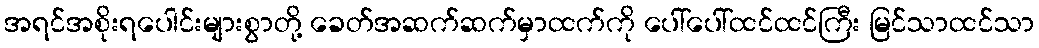
အရင်အစိုးရပေါင်းများစွာတို့ ခေတ်အဆက်ဆက်မှာထက်ကို ပေါ်ပေါ်ထင်ထင်ကြီး မြင်သာထင်သာ